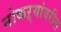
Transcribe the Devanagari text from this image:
नोकऱ्यांवरील